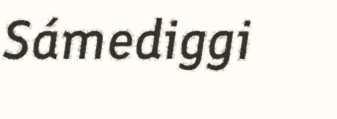
Sámediggi